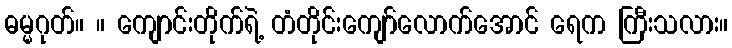
ဓမ္မဂုတ်။ ။ ကျောင်းတိုက်ရဲ့ တံတိုင်းကျော်လောက်အောင် ရေက ကြီးသလား။